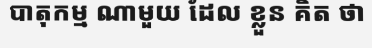
បាតុកម្ម ណាមួយ ដែល ខ្លួន គិត ថា